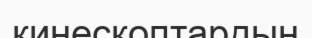
кинескоптардың